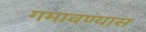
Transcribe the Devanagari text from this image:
गमावण्यास